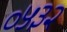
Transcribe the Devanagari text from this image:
०५३२